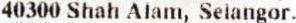
40300 SHAH ALAM, SELANGOR.